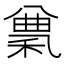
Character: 𥠠